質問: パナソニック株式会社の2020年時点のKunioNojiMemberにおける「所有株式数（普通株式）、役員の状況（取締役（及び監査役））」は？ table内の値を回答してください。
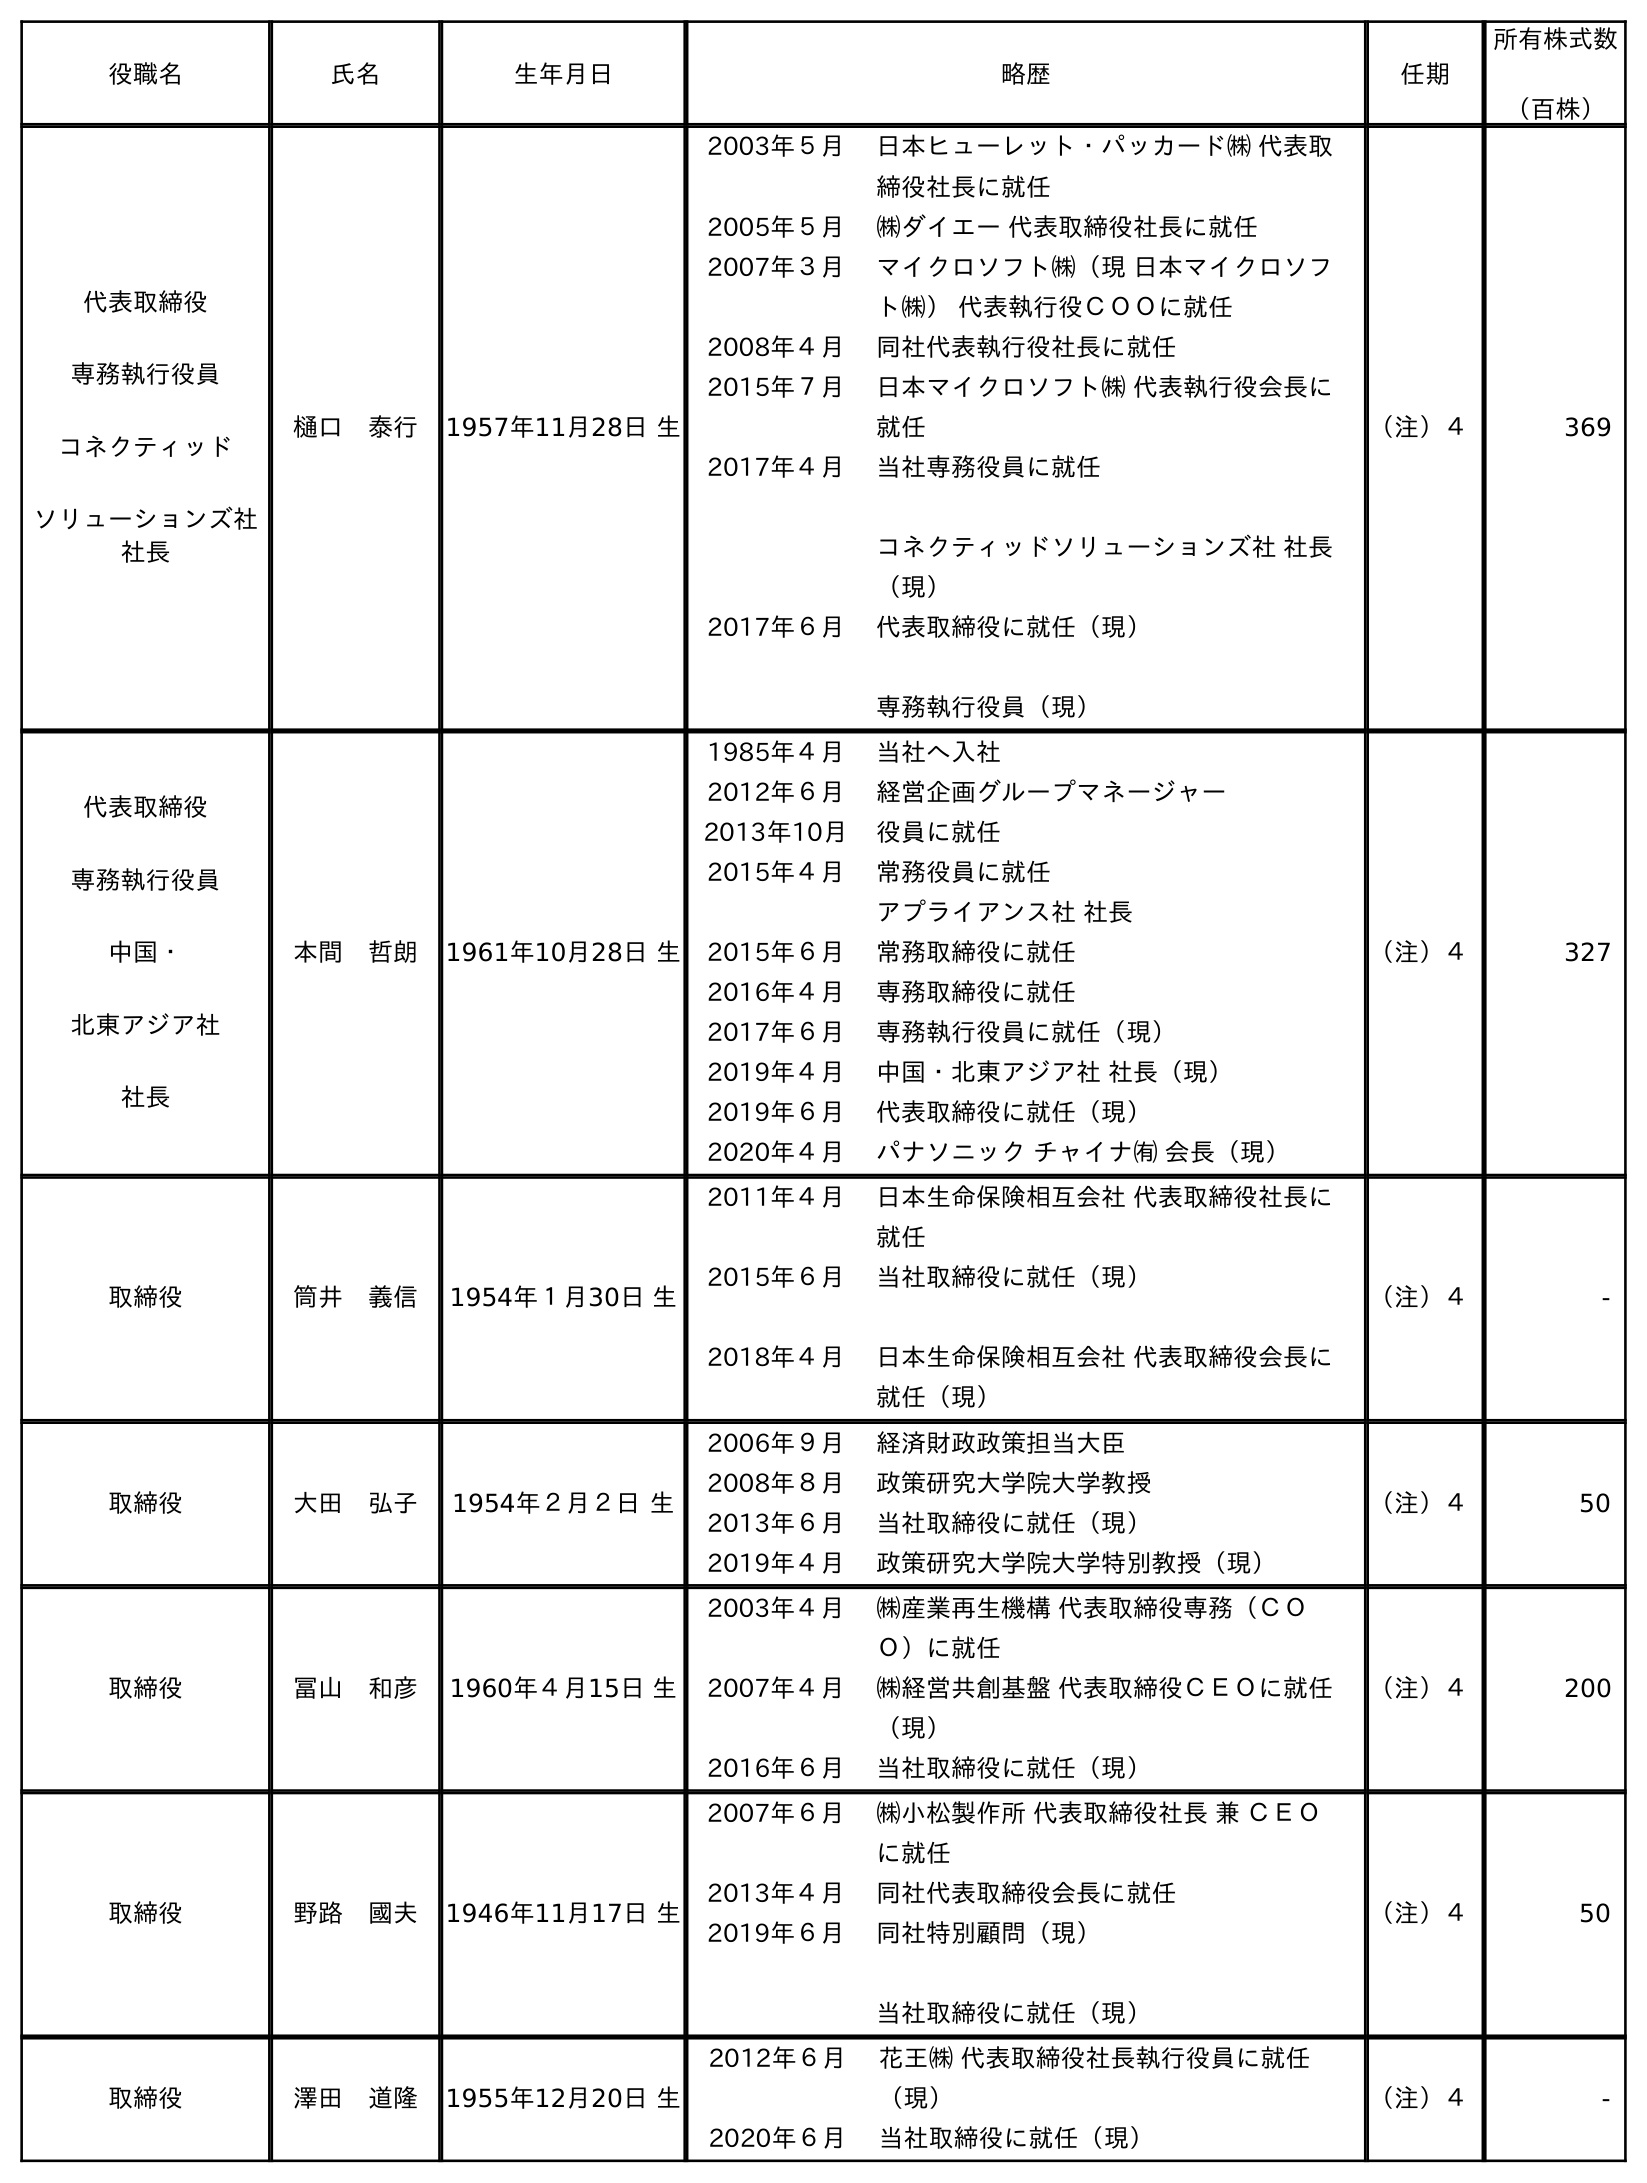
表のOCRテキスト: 役職名 氏名 生年月日 略歴 任期 所有株式数 （百株） 代表取締役 専務執行役員 コネクティッド ソリューションズ社 社長 樋口 泰行 1957年11月28日 生 2003年５月 日本ヒューレット・パッカード㈱ 代表取 締役社長に就任 2005年５月 ㈱ダイエー 代表取締役社長に就任 2007年３月 マイクロソフト㈱（現 日本マイクロソフ ト㈱） 代表執行役ＣＯＯに就任 2008年４月 同社代表執行役社長に就任 2015年７月 日本マイクロソフト㈱ 代表執行役会長に 就任 2017年４月 当社専務役員に就任 コネクティッドソリューションズ社 社長 （現） 2017年６月 代表取締役に就任（現） 専務執行役員（現） （注）４ 369 代表取締役 専務執行役員 中国・ 北東アジア社 社長 本間 哲朗 1961年10月28日 生 1985年４月 当社へ入社 2012年６月 経営企画グループマネージャー 2013年10月 役員に就任 2015年４月 常務役員に就任 アプライアンス社 社長 2015年６月 常務取締役に就任 2016年４月 専務取締役に就任 2017年６月 専務執行役員に就任（現） 2019年４月 中国・北東アジア社 社長（現） 2019年６月 代表取締役に就任（現） 2020年４月 パナソニック チャイナ㈲ 会長（現） （注）４ 327 取締役 筒井 義信 1954年１月30日 生 2011年４月 日本生命保険相互会社 代表取締役社長に 就任 2015年６月 2018年４月 当社取締役に就任（現） 日本生命保険相互会社 代表取締役会長に 就任（現） （注）４ - 取締役 大田 弘子 1954年２月２日 生 2006年９月 経済財政政策担当大臣 2008年８月 政策研究大学院大学教授 2013年６月 当社取締役に就任（現） 2019年４月 政策研究大学院大学特別教授（現） （注）４ 50 取締役 冨山 和彦 1960年４月15日 生 2003年４月 ㈱産業再生機構 代表取締役専務（ＣＯ Ｏ）に就任 2007年４月 ㈱経営共創基盤 代表取締役ＣＥＯに就任 （現） 2016年６月 当社取締役に就任（現） （注）４ 200 取締役 野路 國夫 1946年11月17日 生 2007年６月 ㈱小松製作所 代表取締役社長 兼 ＣＥＯ に就任 2013年４月 同社代表取締役会長に就任 2019年６月 同社特別顧問（現） 当社取締役に就任（現） （注）４ 50 取締役 澤田 道隆 1955年12月20日 生 2012年６月 花王㈱ 代表取締役社長執行役員に就任 （現） 2020年６月 当社取締役に就任（現） （注）４ -
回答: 50